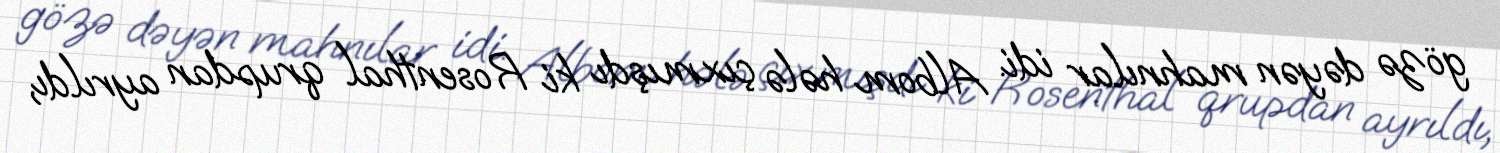
gözə dəyən mahnılar idi. Albom hələ çıxmışdı ki Rosenthal qrupdan ayrıldı,